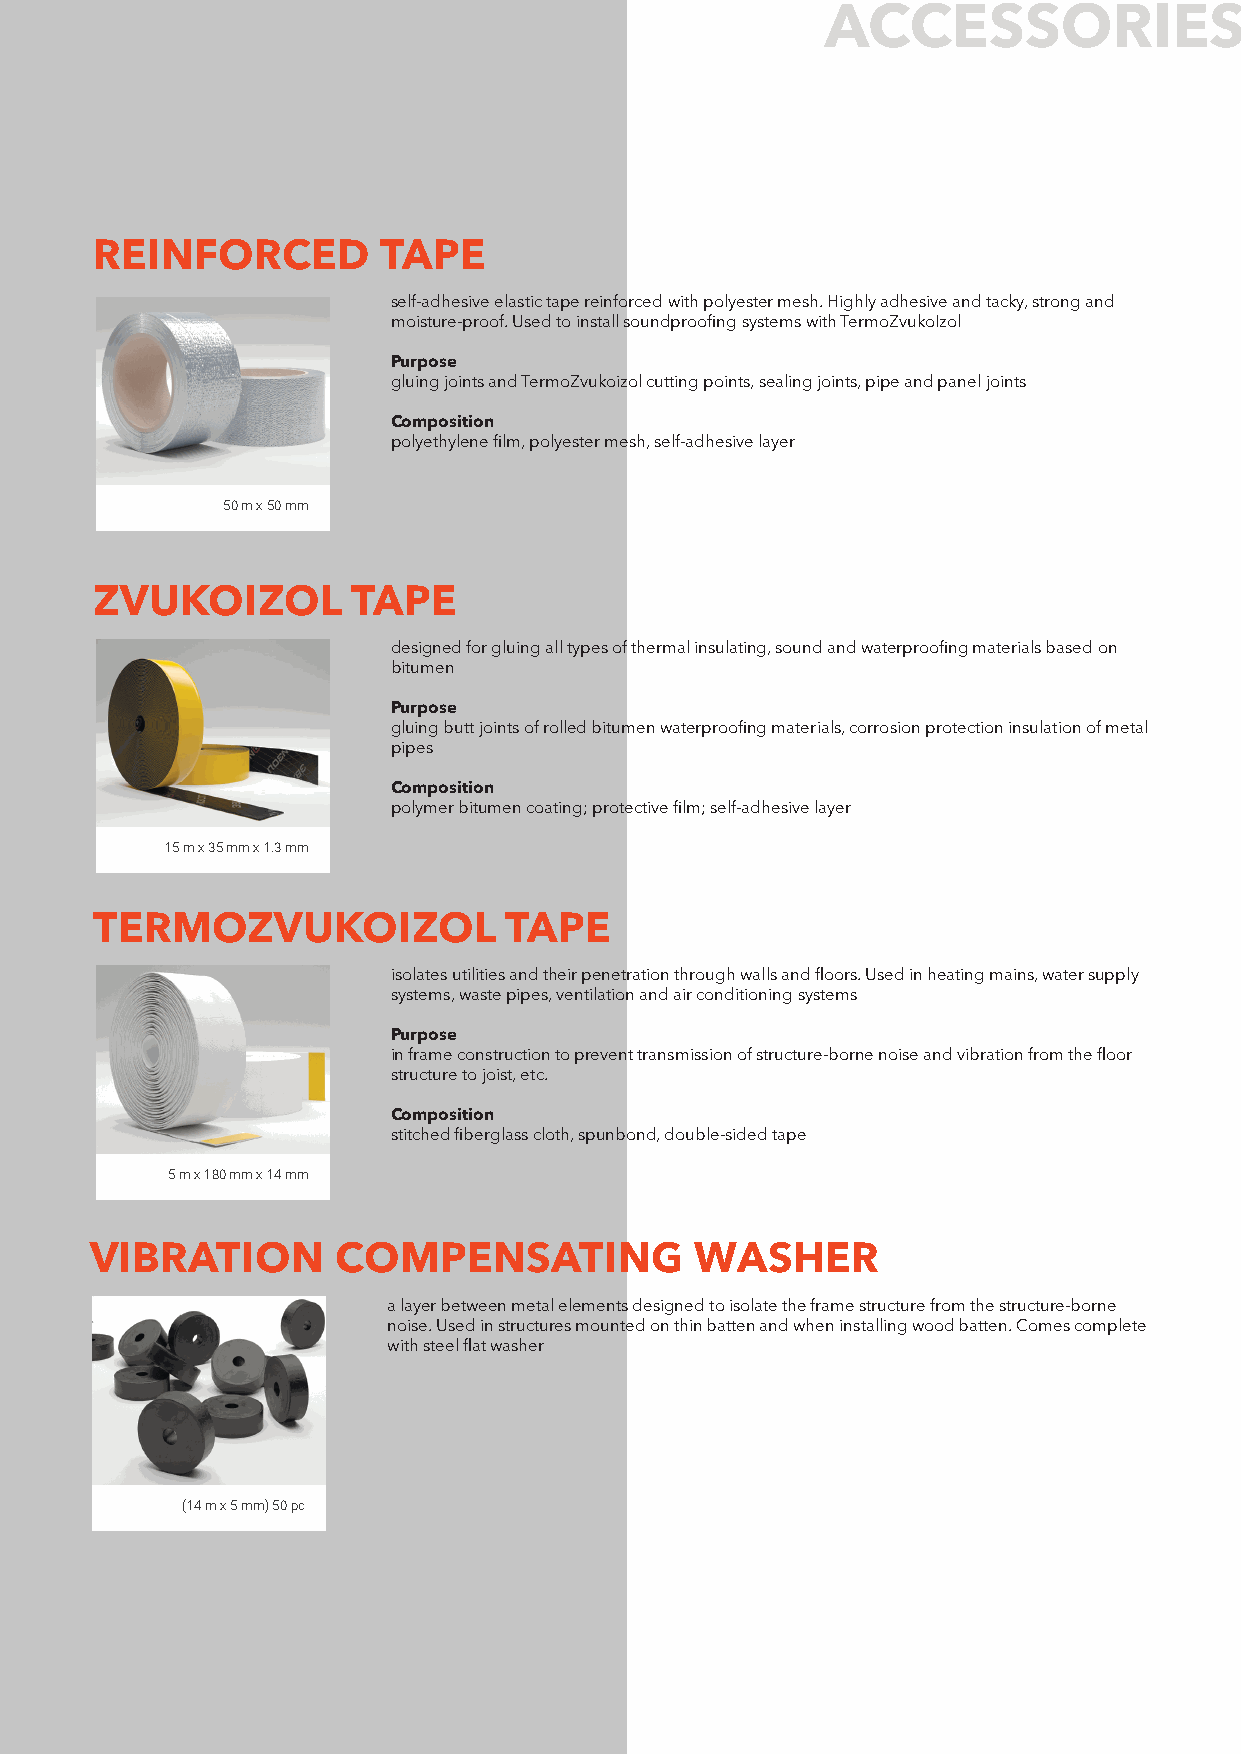
ACCESSORIES
 REINFORCED         TAPE
 self-adhesive elastic tape reinforced with polyester mesh. Highly adhesive and tacky, strong and
 moisture-proof. Used to install soundproofing systems with TermoZvukoIzol
 Purpose
 gluing joints and TermoZvukoizol cutting points, sealing joints, pipe and panel joints
 Composition
 polyethylene film, polyester mesh, self-adhesive layer
 50 m х 50 mm
 ZVUKOIZOL        TAPE
 designed for gluing all types of thermal insulating, sound and waterproofing materials based on
 bitumen
 Purpose
 gluing butt joints of rolled bitumen waterproofing materials, corrosion protection insulation of metal
 pipes
 Composition
 polymer bitumen coating; protective film; self-adhesive layer
 15 m x 35 mm x 1.3 mm
 TERMOZVUKOIZOL             TAPE
 isolates utilities and their penetration through walls and floors. Used in heating mains, water supply
 systems, waste pipes, ventilation and air conditioning systems
 Purpose
 in frame construction to prevent transmission of structure-borne noise and vibration from the floor
 structure to joist, etc.
 Composition
 stitched fiberglass cloth, spunbond, double-sided tape
 5 m x 180 mm x 14 mm
 VIBRATION       COMPENSATING            WASHER
 a layer between metal elements designed to isolate the frame structure from the structure-borne
 noise. Used in structures mounted on thin batten and when installing wood batten. Comes complete
 with steel flat washer
 (14 m x 5 mm) 50 pc